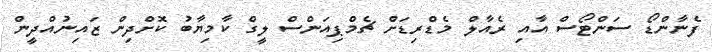
ފެނާންޑޯ ސަންޓޯސް އާއި ރެއާލް މެޑްރިޑަށް ޗެމްޕިއަންސް ލީގް ކާމިޔާބު ކޮށްދިން ޒައިނުއްދީން